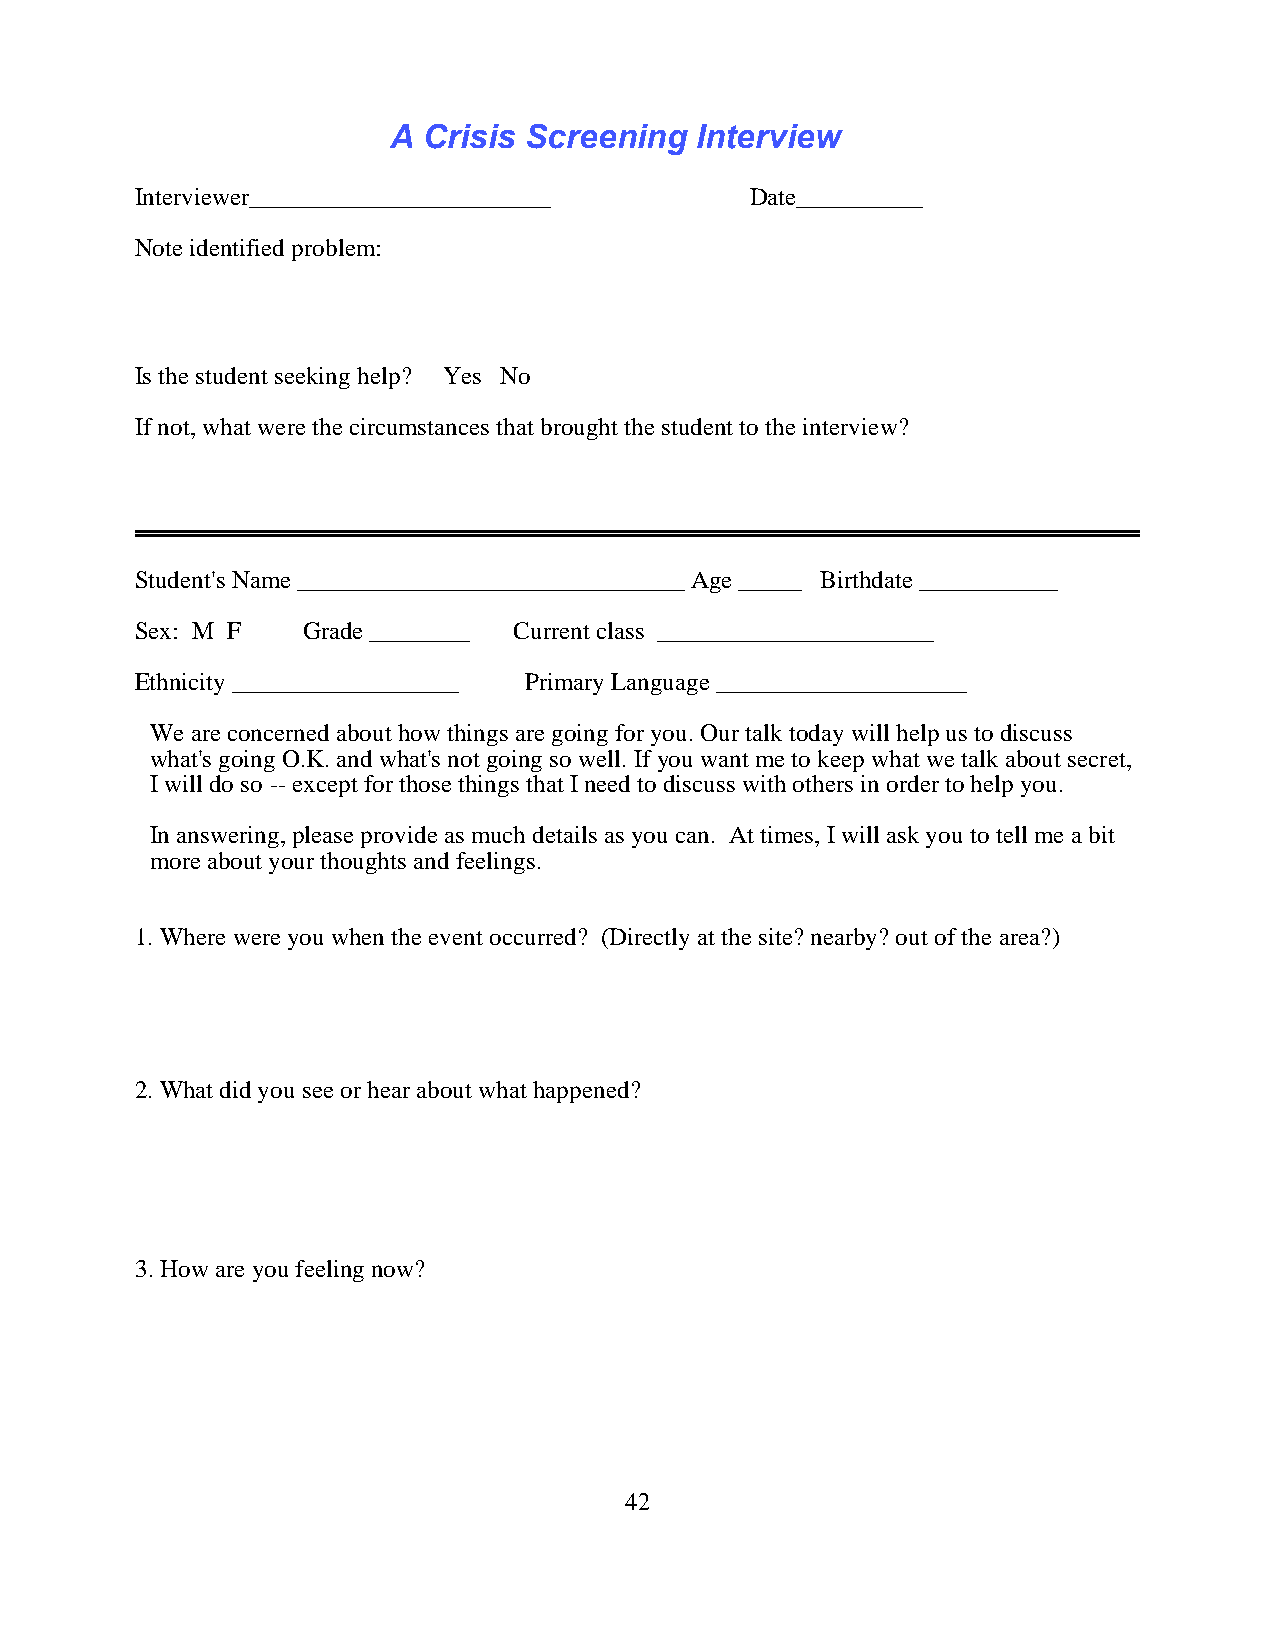
A Crisis Screening  Interview
 Interviewer________________________      Date__________
 Note identified problem:
 Is the student seeking help? Yes No
 If not, what were the circumstances that brought the student to the interview?
 Student's Name _______________________________ Age _____ Birthdate ___________
 Sex: M F   Grade ________ Current class ______________________
 Ethnicity __________________ Primary Language ____________________
 We are concerned about how things are going for you. Our talk today will help us to discuss
 what's going O.K. and what's not going so well. If you want me to keep what we talk about secret,
 I will do so -- except for those things that I need to discuss with others in order to help you.
 In answering, please provide as much details as you can. At times, I will ask you to tell me a bit
 more about your thoughts and feelings.
 1. Where were you when the event occurred? (Directly at the site? nearby? out of the area?)
 2. What did you see or hear about what happened?
 3.How are you feeling now?
 42